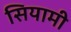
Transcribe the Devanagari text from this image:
सियामी